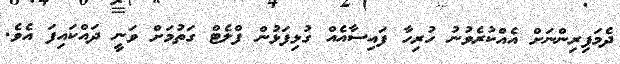
ދެމަފިރިންނަށް އެއްކުރެވުނު ހުރިހާ ފައިސާއެއް ގުޅިފަޅުން ފްލެޓް ގަތުމަށް ވަނީ ދައްކައިފަ އެވެ.